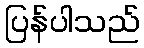
ပြန်ပါသည်